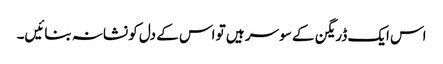
اس ایک ڈریگن کے سو سر ہیں تو اس کے دل کو نشانہ بنائیں۔